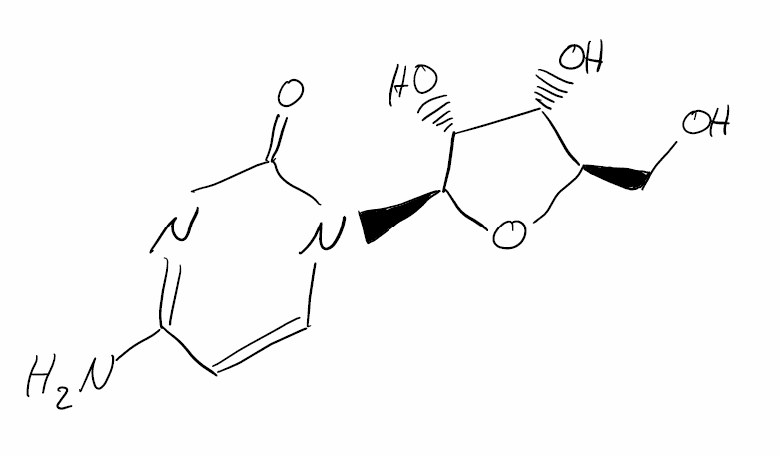
Simplified molecular-input line-entry system (SMILES) notation of the given molecule:
C1=CN(C(=O)N=C1N)[C@H]2[C@@H]([C@@H]([C@H](O2)CO)O)O